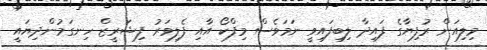
މިލިއަން ރުފިޔާގެ ފައިދާ ލިބިފައިވީ ނަމަވެސް މިފްކޯ އާއި ފެލިވަރު ފިޝަރީޒް ހިނގަމުންދިޔައީ